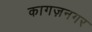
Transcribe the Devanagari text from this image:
कागज़नगर